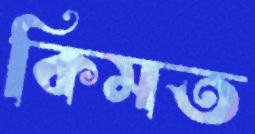
কিমত